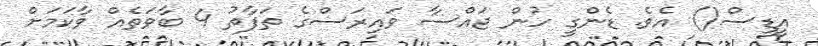
އީޑީސް() އެވެ. ޑެންގީ ހުން ޖައްސާ ވައިރަސްގެ ތަފާތު 4 ބާވަތެއް ވާކަމަށް